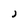
Character: J